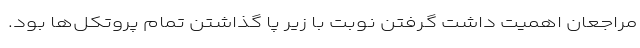
مراجعان اهمیت داشت گرفتن نوبت با زیر پا گذاشتن تمام پروتکل‌ها بود.